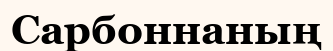
Сарбоннаның